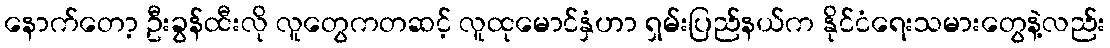
နောက်တော့ ဦးခွန်ထီးလို လူတွေကတဆင့် လူထုမောင်နှံဟာ ရှမ်းပြည်နယ်က နိုင်ငံရေးသမားတွေနဲ့လည်း